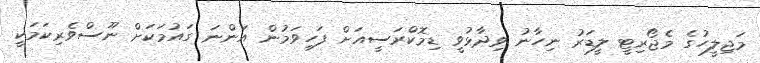
މަޖިލީހުގެ މެޖޯރިޓީ ލީޑަރު ނިހާނު ވިދާޅުވީ ޑިމޮކްރަސީއަށް ފަހިވަމުން އަންނަ ގައުމަކަށް ނޫސްވެރިކަމަކީ